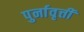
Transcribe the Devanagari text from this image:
पुर्नावृत्ती